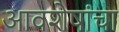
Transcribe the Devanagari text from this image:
आवशेषांचा